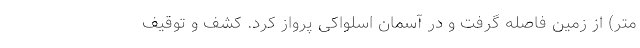
متر) از زمین فاصله گرفت و در آسمان اسلواکی پرواز کرد. کشف و توقیف